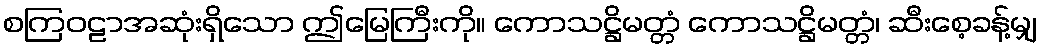
စကြဝဠာအဆုံးရှိသော ဤမြေကြီးကို။ ကောသဋ္ဌိမတ္တံ ကောသဋ္ဌိမတ္တံ၊ ဆီးစေ့ခန့်မျှ